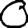
Digit: 0